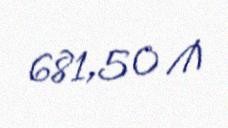
681,50 ₼